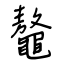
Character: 鼇